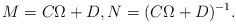
LaTeX: \begin{align*}M=C\Omega+D,N=(C\Omega+D)^{-1}.\end{align*}